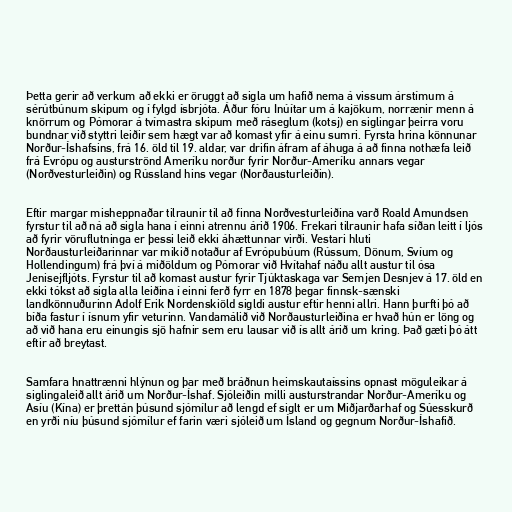
Þetta gerir að verkum að ekki er öruggt að sigla um hafið nema á vissum árstímum á
sérútbúnum skipum og í fylgd ísbrjóta. Áður fóru Inúítar um á kajökum, norrænir menn á
knörrum og Pómorar á tvímastra skipum með ráseglum (kotsj) en siglingar þeirra voru
bundnar við styttri leiðir sem hægt var að komast yfir á einu sumri. Fyrsta hrina könnunar
Norður-Íshafsins, frá 16. öld til 19. aldar, var drifin áfram af áhuga á að finna nothæfa leið
frá Evrópu og austurströnd Ameríku norður fyrir Norður-Ameríku annars vegar
(Norðvesturleiðin) og Rússland hins vegar (Norðausturleiðin).

Eftir margar misheppnaðar tilraunir til að finna Norðvesturleiðina varð Roald Amundsen
fyrstur til að ná að sigla hana í einni atrennu árið 1906. Frekari tilraunir hafa síðan leitt í ljós
að fyrir vöruflutninga er þessi leið ekki áhættunnar virði. Vestari hluti
Norðausturleiðarinnar var mikið notaður af Evrópubúum (Rússum, Dönum, Svíum og
Hollendingum) frá því á miðöldum og Pómorar við Hvítahaf náðu allt austur til ósa
Jenisejfljóts. Fyrstur til að komast austur fyrir Tjúktaskaga var Semjen Desnjev á 17. öld en
ekki tókst að sigla alla leiðina í einni ferð fyrr en 1878 þegar finnsk-sænski
landkönnuðurinn Adolf Erik Nordenskiöld sigldi austur eftir henni allri. Hann þurfti þó að
bíða fastur í ísnum yfir veturinn. Vandamálið við Norðausturleiðina er hvað hún er löng og
að við hana eru einungis sjö hafnir sem eru lausar við ís allt árið um kring. Það gæti þó átt
eftir að breytast.

Samfara hnattrænni hlýnun og þar með bráðnun heimskautaíssins opnast möguleikar á
siglingaleið allt árið um Norður-Íshaf. Sjóleiðin milli austurstrandar Norður-Ameríku og
Asíu (Kína) er þrettán þúsund sjómílur að lengd ef siglt er um Miðjarðarhaf og Súesskurð
en yrði níu þúsund sjómílur ef farin væri sjóleið um Ísland og gegnum Norður-Íshafið.